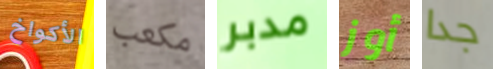
الأكواخ مكعب مدبر أوز جدا